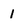
Character: 1